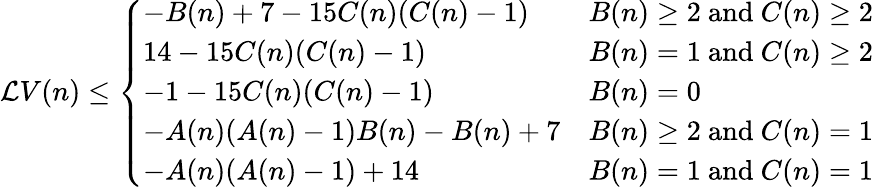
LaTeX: \begin{array}{r}{\mathcal LV(n)\le\left\{ \begin{array}{ll}{-B(n)+7-15C(n)(C(n)-1)}&{B(n)\ge 2\mathrm{~and~}C(n)\ge 2}\\ {14-15C(n)(C(n)-1)}&{B(n)=1\mathrm{~and~}C(n)\ge 2}\\ {-1-15C(n)(C(n)-1)}&{B(n)=0}\\ {-A(n)(A(n)-1)B(n)-B(n)+7}&{B(n)\ge 2\mathrm{~and~}C(n)=1}\\ {-A(n)(A(n)-1)+14}&{B(n)=1\mathrm{~and~}C(n)=1}\end{array}\right.}\end{array}